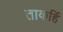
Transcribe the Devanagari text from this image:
ताकहिं